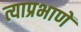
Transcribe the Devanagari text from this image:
त्याप्रभाणें